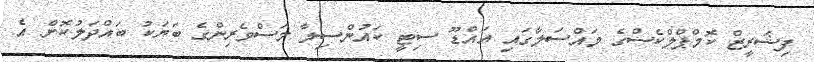
ފިޝަރީޒް ކޮމްޕްލްކެސްގެ މައްސަލާގައި އައްޑޫ ސިޓީ ކައުންސިލާ މަސްވެރިންގެ ބަޔަކު ބައްދަލުކޮށް އެ